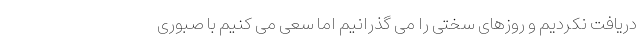
دریافت نکردیم و روزهای سختی را می گذرانیم اما سعی می کنیم با صبوری